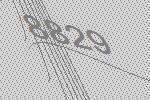
8829